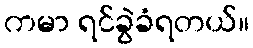
ကမာ ရင်ခွဲခံရတယ်။